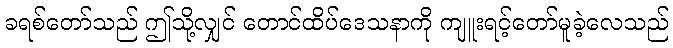
ခရစ်တော်သည် ဤသို့လျှင် တောင်ထိပ်ဒေသနာကို ကျူးရင့်တော်မူခဲ့လေသည်